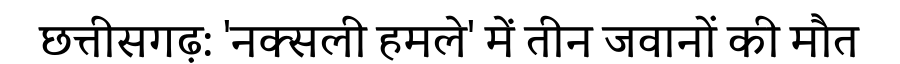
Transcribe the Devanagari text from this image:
छत्तीसगढ़: 'नक्सली हमले' में तीन जवानों की मौत